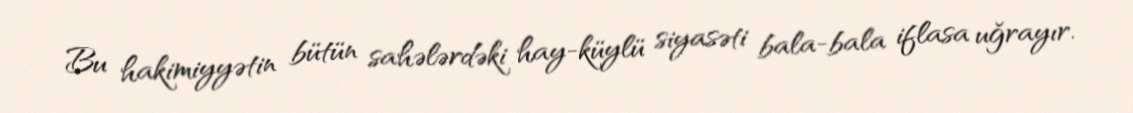
Bu hakimiyyətin bütün sahələrdəki hay-küylü siyasəti bala-bala iflasa uğrayır.